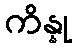
ကိန္နု